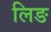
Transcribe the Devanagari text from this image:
लिङ